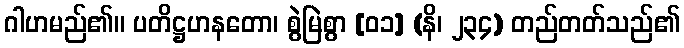
ဂါဟမည်၏။ ပတိဋ္ဌဟနတော၊ စွဲမြဲစွာ [၀၁] (နိ၊ ၂၃၄) တည်တတ်သည်၏